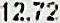
12.72